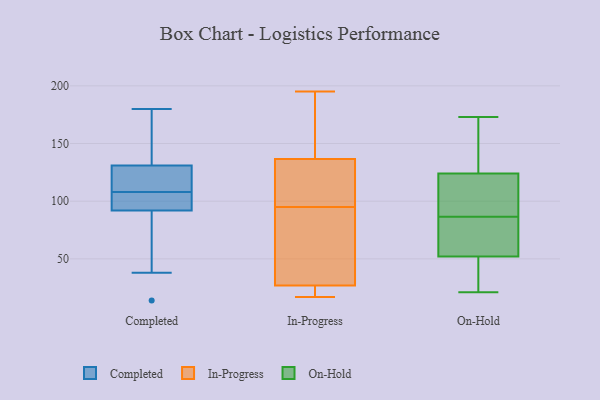
{"axis": {"x": "Population (Million)", "y": "Value"}, "legend": ["Completed", "In-Progress", "On-Hold"], "data": [{"x": "", "y": 126, "type": "Completed"}, {"x": "", "y": 130, "type": "Completed"}, {"x": "", "y": 154, "type": "Completed"}, {"x": "", "y": 138, "type": "Completed"}, {"x": "", "y": 70, "type": "Completed"}, {"x": "", "y": 102, "type": "Completed"}, {"x": "", "y": 127, "type": "Completed"}, {"x": "", "y": 105, "type": "Completed"}, {"x": "", "y": 180, "type": "Completed"}, {"x": "", "y": 43, "type": "Completed"}, {"x": "", "y": 14, "type": "Completed"}, {"x": "", "y": 95, "type": "Completed"}, {"x": "", "y": 131, "type": "Completed"}, {"x": "", "y": 38, "type": "Completed"}, {"x": "", "y": 152, "type": "Completed"}, {"x": "", "y": 111, "type": "Completed"}, {"x": "", "y": 92, "type": "Completed"}, {"x": "", "y": 103, "type": "Completed"}, {"x": "", "y": 95, "type": "In-Progress"}, {"x": "", "y": 118, "type": "In-Progress"}, {"x": "", "y": 39, "type": "In-Progress"}, {"x": "", "y": 36, "type": "In-Progress"}, {"x": "", "y": 195, "type": "In-Progress"}, {"x": "", "y": 24, "type": "In-Progress"}, {"x": "", "y": 20, "type": "In-Progress"}, {"x": "", "y": 139, "type": "In-Progress"}, {"x": "", "y": 129, "type": "In-Progress"}, {"x": "", "y": 17, "type": "In-Progress"}, {"x": "", "y": 153, "type": "In-Progress"}, {"x": "", "y": 52, "type": "On-Hold"}, {"x": "", "y": 82, "type": "On-Hold"}, {"x": "", "y": 71, "type": "On-Hold"}, {"x": "", "y": 21, "type": "On-Hold"}, {"x": "", "y": 173, "type": "On-Hold"}, {"x": "", "y": 91, "type": "On-Hold"}, {"x": "", "y": 124, "type": "On-Hold"}, {"x": "", "y": 121, "type": "On-Hold"}, {"x": "", "y": 131, "type": "On-Hold"}, {"x": "", "y": 45, "type": "On-Hold"}]}